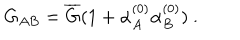
LaTeX: G _ { A B } = \overline { { G } } ( 1 + \alpha _ { A } ^ { ( 0 ) } \alpha _ { B } ^ { ( 0 ) } ) \ .